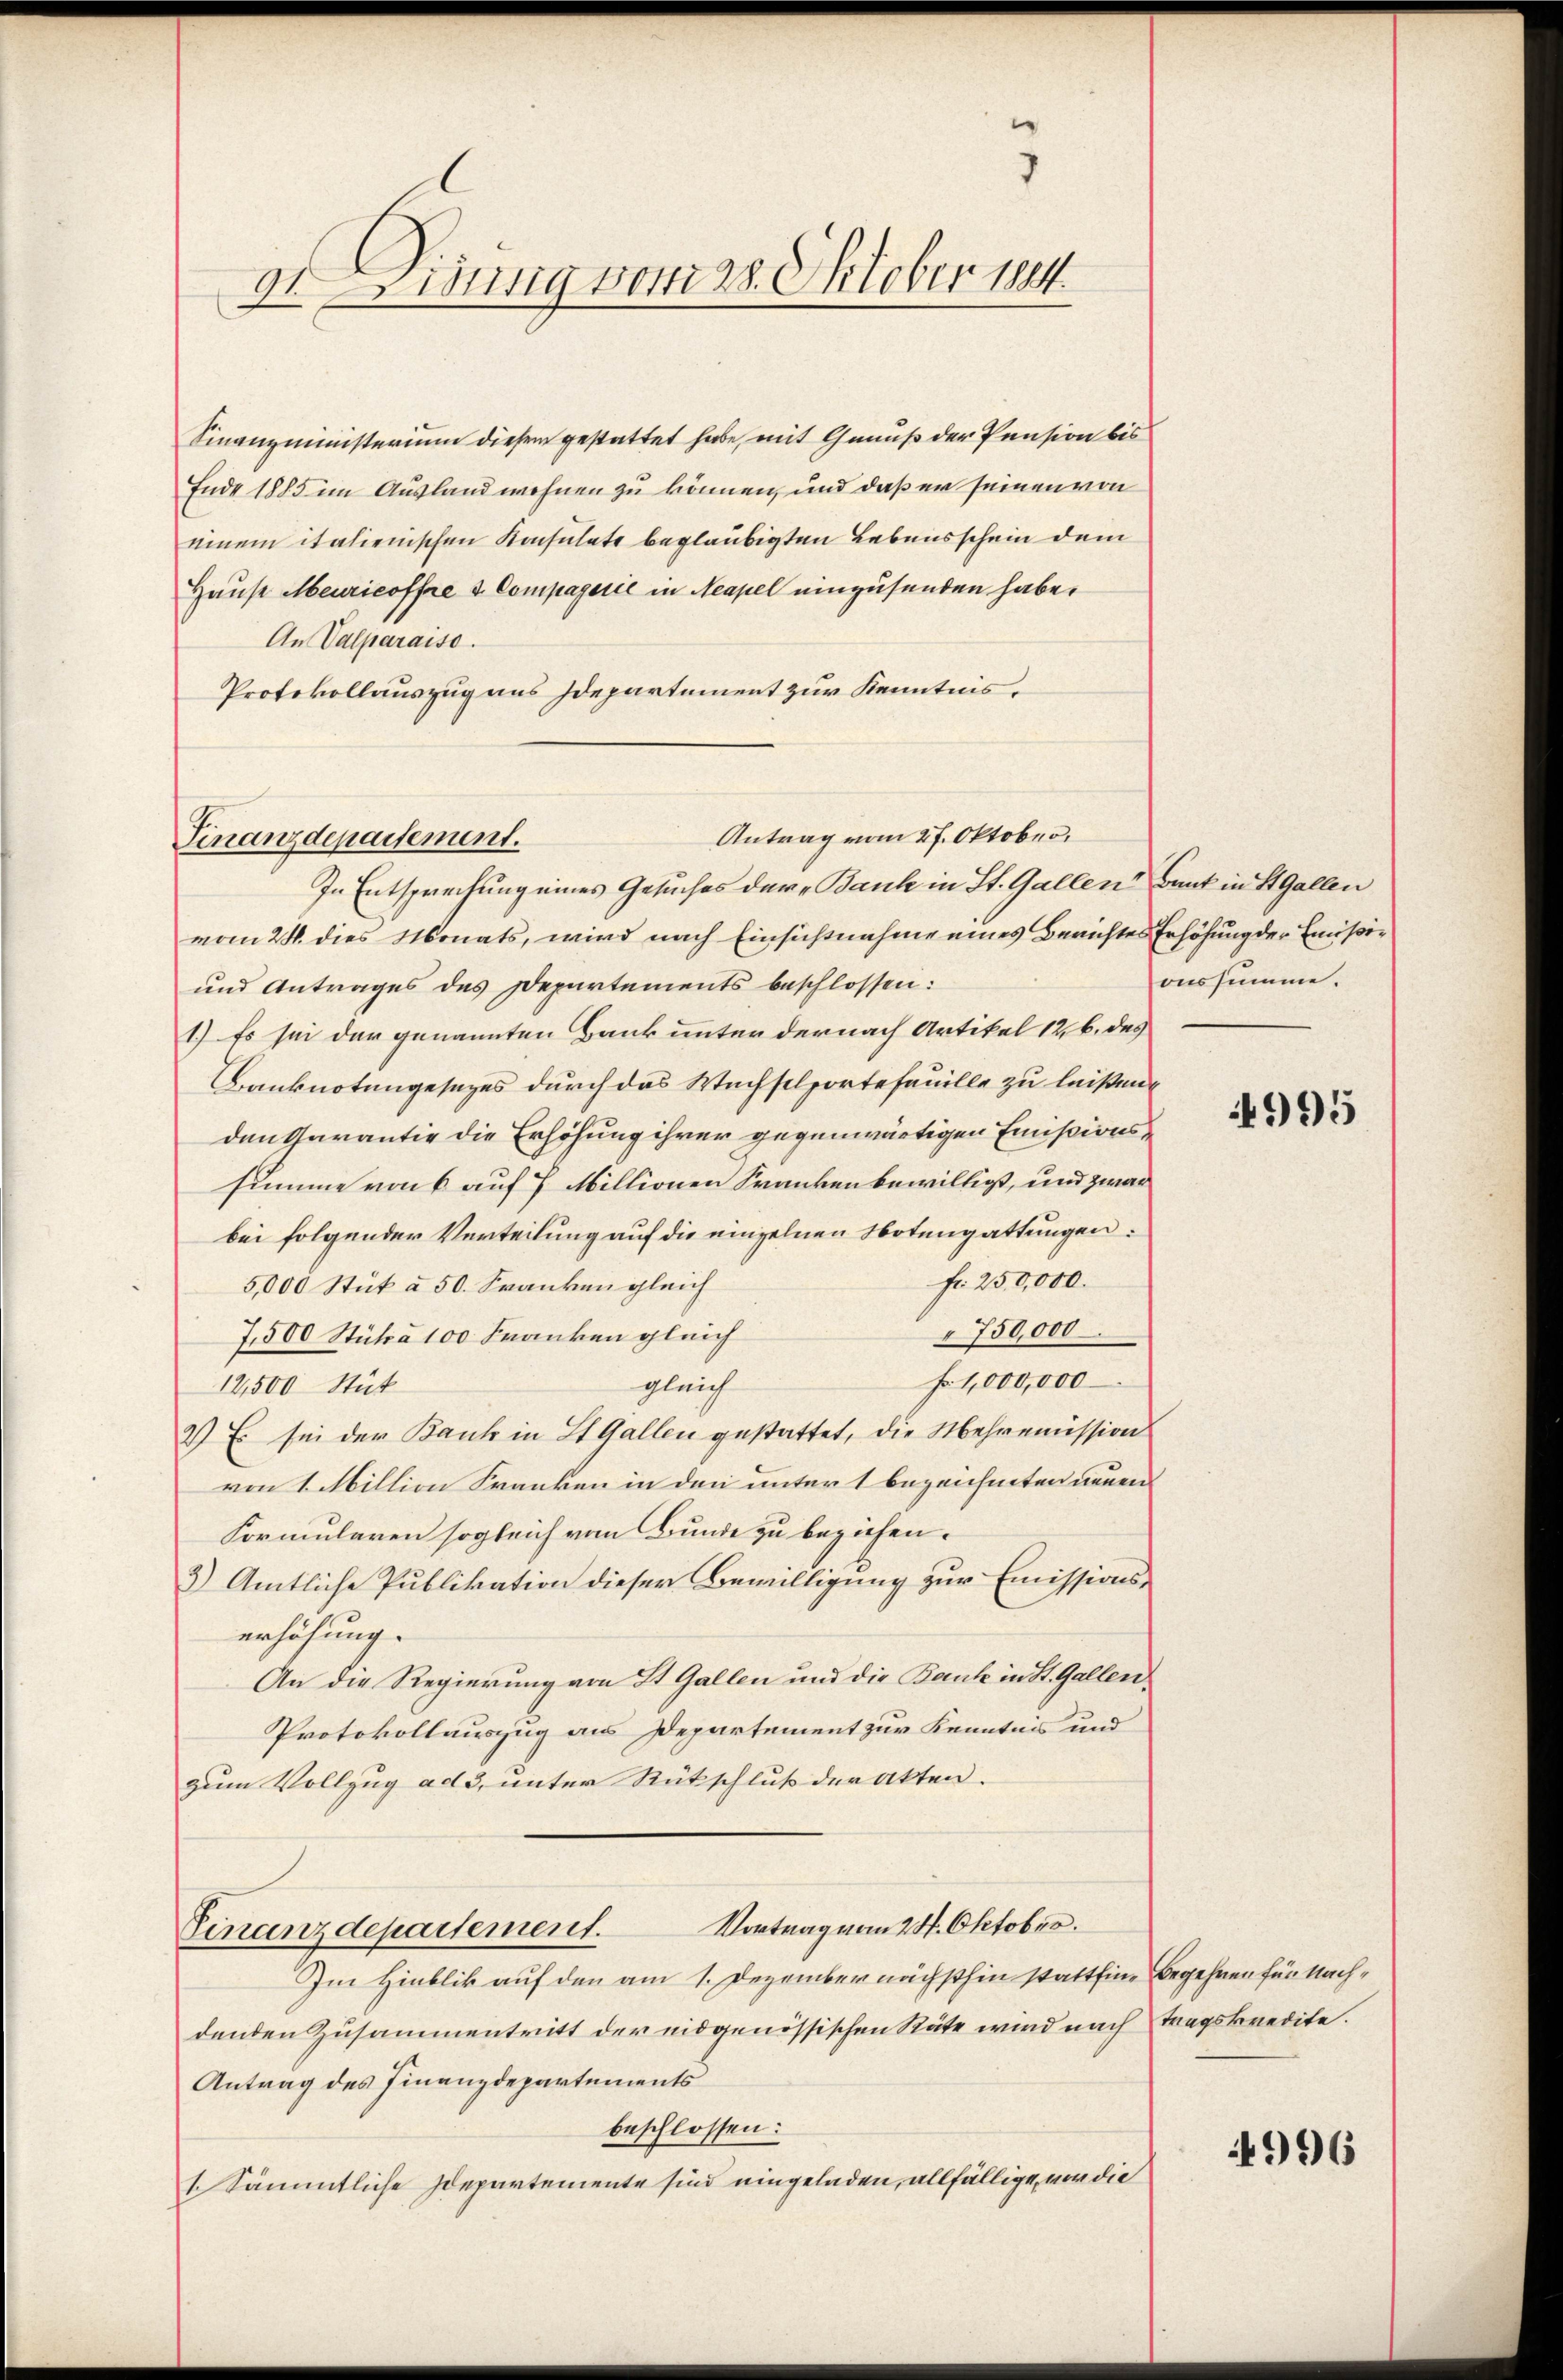
dt. Eidung vom 28. Oktober 1884.

Finanzministerium diesem gestattet habe, mit Genuß der Pension bis
Ende 1885 im Ausland wohnen zu können, und daß er seinen von
einem italienischen Konsulate beglaubigten Lebensschein dem
Hause Meuricoffre d. Compagerie in Neapel einzusenden habe.
An Valparaiso
Protokollauszug aus Departement zur Kenntnis¬

Antrag vom 27. Oktober.
Finanzdepartement.

In Entsprechung eines Gesuches dere Bank in St. Gallen Bank in St. Gallen
vom 24. dies Monats, wird nach Einsichtnahme eines Berichtes Erhöhung der Emissi¬
und Antrages des Departements beschlossen:
1.) Es sei der genannten Bank unter der nach Artikel 12, b. des
Banknotengesezes durch das Wechselportefeuille zu leisen.
den Garantie die Erhöhung ihrer gegenwärtigen Emissionssumme von 6 auf 7 Millionen Franken bewilligt, und zwar
bei folgender Verteilung auf die einzelnen Notengattungen:
fr. 250,000.
5,000 Stük à 50. Franken gleich
750,000
7,500 Stüka 100 Franken gleich
f. 1,000,000
gleich
12,500 Stüt
2) Es sei der Bank in St. Gallen gestattet, die Mehremission
von 1 Million Franken in den untert bezeichneten neuen
Formularen sogleich von Bunde zu beziehen.
3.) Amtliche Publikation dieser Bewilligung zur Emissionserhöhung.
An die Regierung von St. Gallen und die Bank in St. Gallen.
Protokollauszug aus Departement zur Kenntnis und
zum Vollzug ad 3, unter Rückschluß der Akten. |

Vortrag vom 28. Oktober.
Finanzdepartement.

Im Hinblik auf den am 1. Dezember nächsthin stattfine Begehren für Nachdenden Zusammentritt der eidgenössischen Räte wird nach tragskredite.
Antrag des Finanzdepartements
beschlossen:
1. Sämmtliche Idepartemente sind eingeladen, allfällige, vor die

onssumme.

995

4996